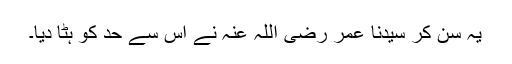
یہ سن کر سیدنا عمر ‌رضی ‌اللہ ‌عنہ نے اس سے حد کو ہٹا دیا۔